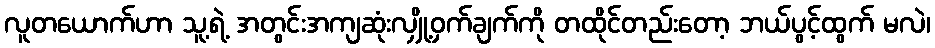
လူတယောက်ဟာ သူ့ရဲ့ အတွင်းအကျဆုံးလျှို့ဝှက်ချက်ကို တထိုင်တည်းတော့ ဘယ်ပွင့်ထွက် မလဲ၊